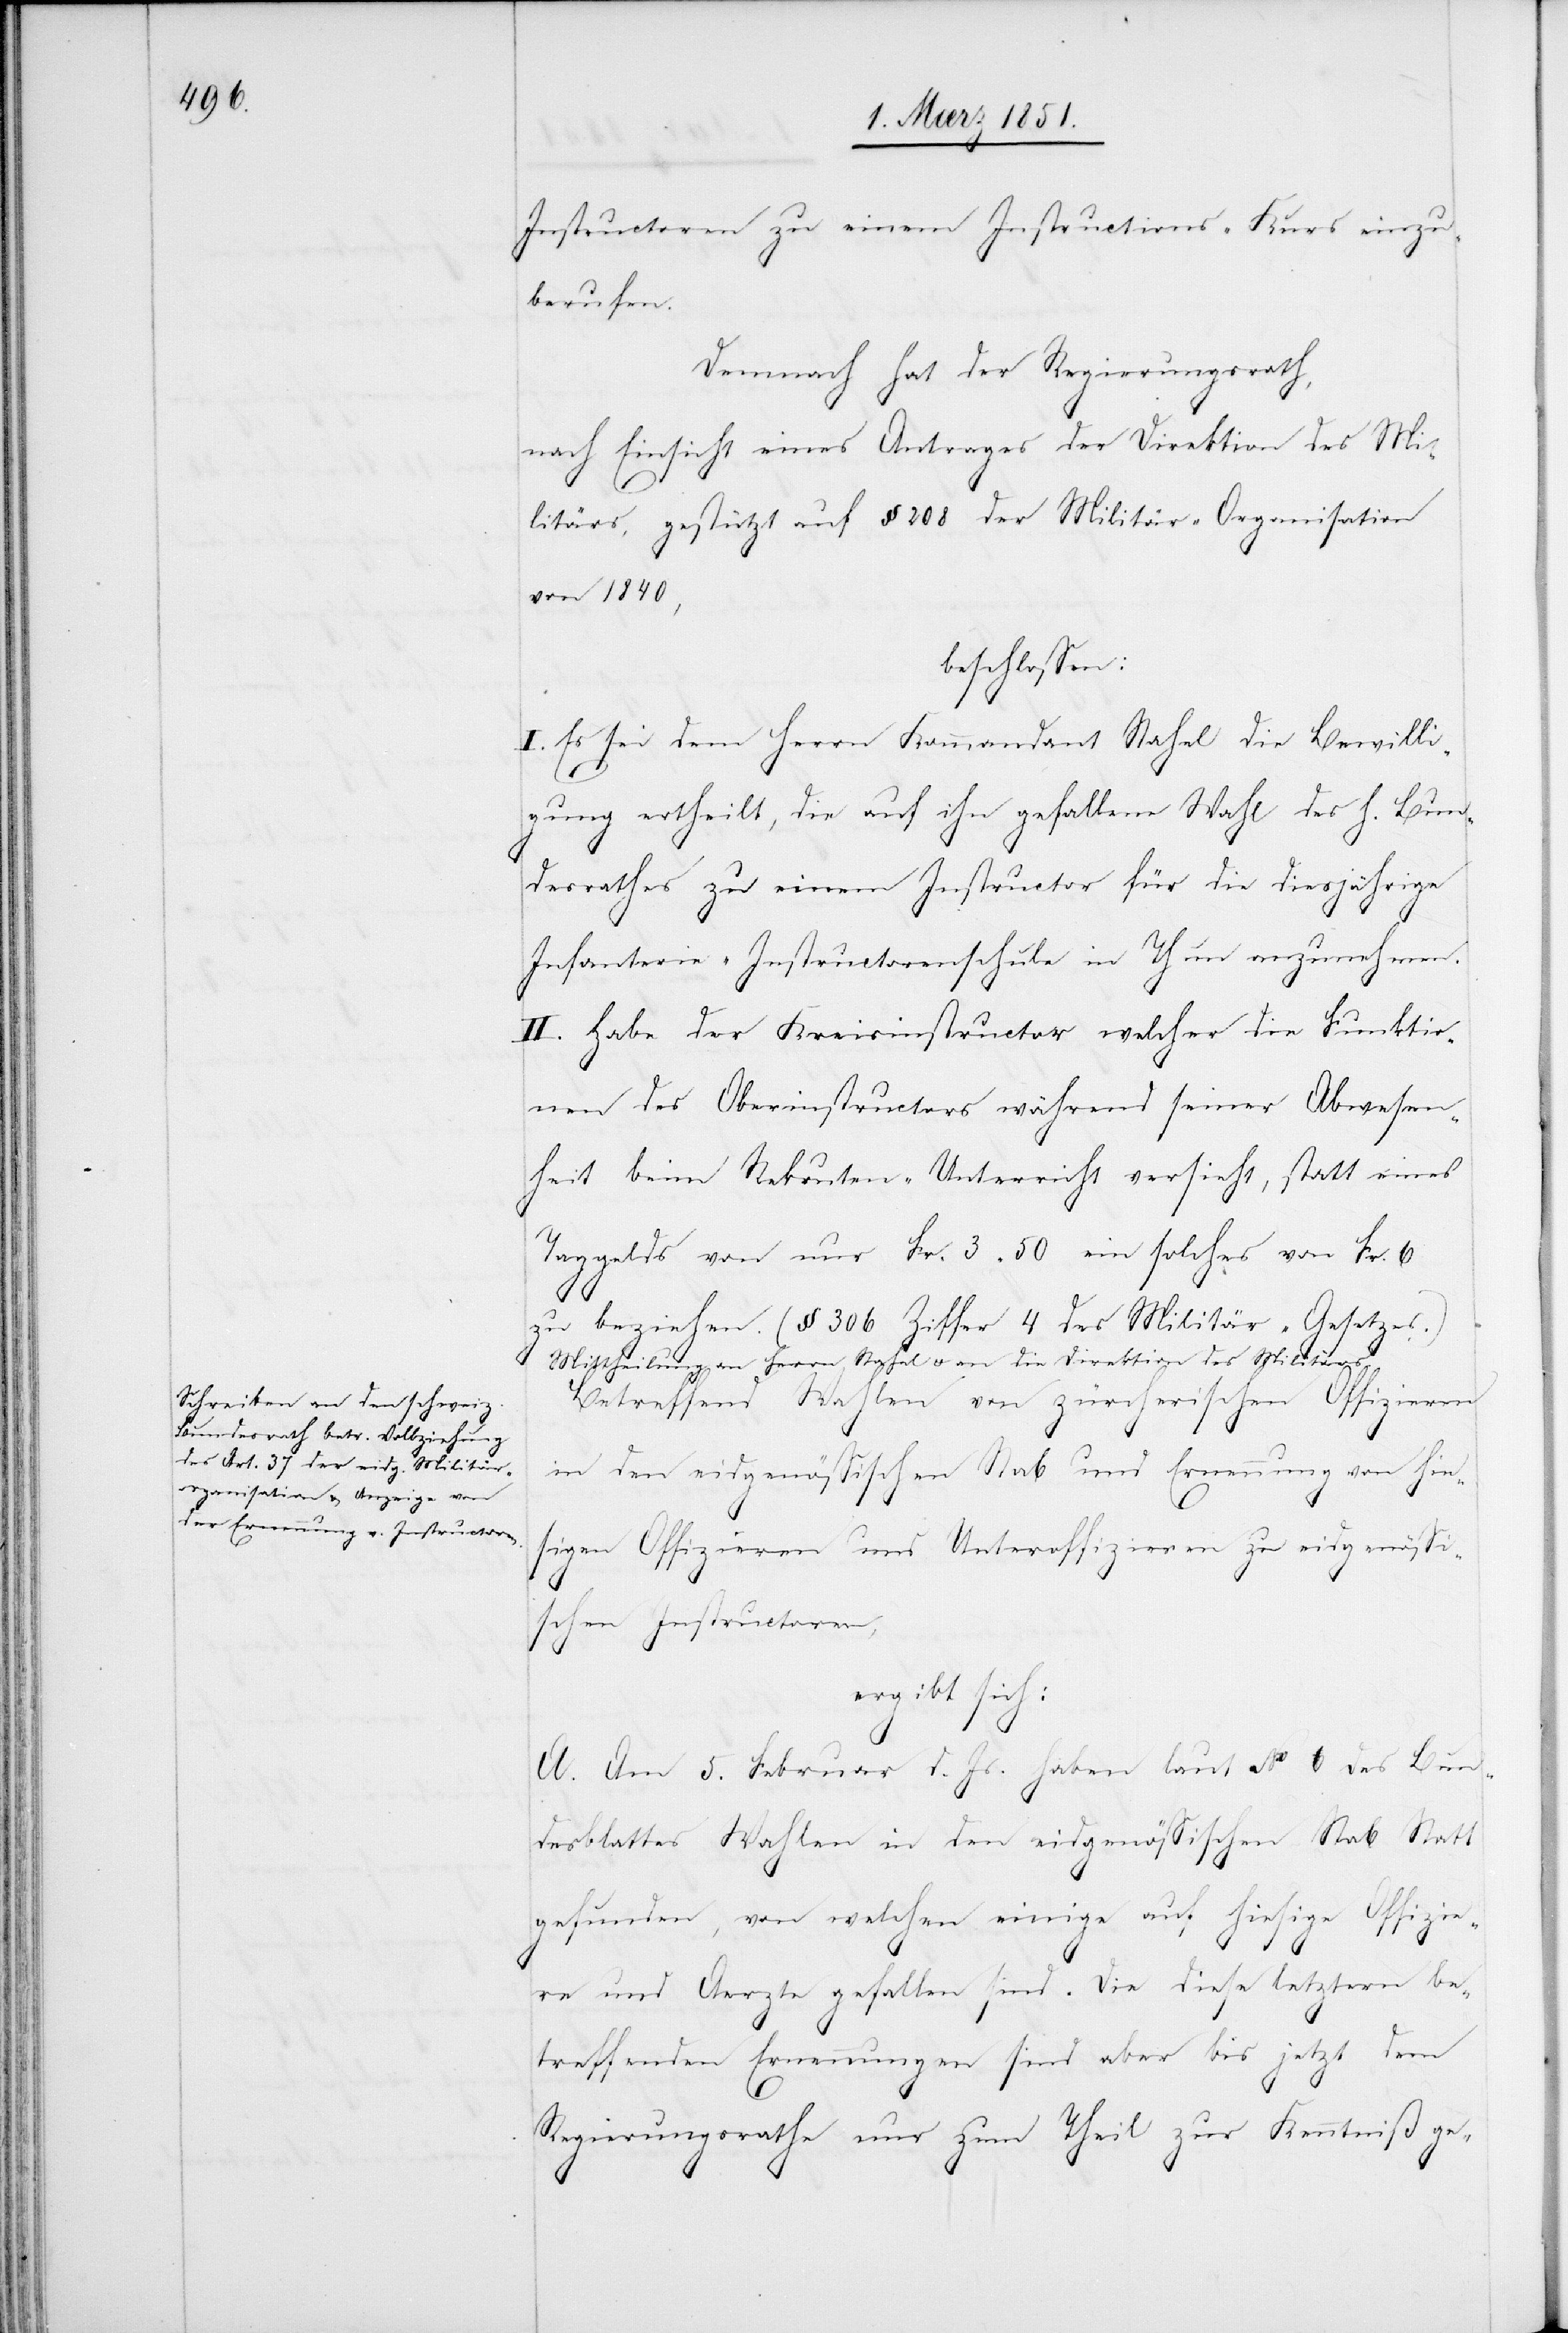
Instructoren zu einem Instructions-Kurs einzu¬
berufen.
Demnach hat der Regierungsrath,
nach Einsicht eines Antrages der Direktion des Mi¬
litärs, gestützt auf § 208 der Militär-Organisation
von 1840,
beschlossen:
I. Es sei dem Herrn Kommandant Stahel die Bewilli¬
gung ertheilt, die auf ihn gefallene Wahl des h. Bun¬
desrathes zu einem Instructor für die diesjährige
Infanterie-Instructorenschule in Thun anzunehmen.
II. Habe der Kreisinstructor welcher die Funktio¬
nen des Oberinstructors während seiner Abwesen¬
heit beim Rekruten-Unterricht versieht, statt eines
Taggelds von nur Fr. 3.50 ein solches von Fr. 6
zu beziehen. (§ 306 Ziffer 4 des Militär-Gesetzes.)
Mittheilung an Herrn Stahel u. an die Direktion des Militärs.
Betreffend Wahlen von zürcherischen Offizieren
in den eidgenössischen Stab und Ernennung von hies¬
igen Offizieren und Unteroffizieren zu eidgenössi¬
schen Instructoren,
ergibt sich:
A. Am 5. Februar d. Js. haben laut No. 6 des Bun¬
desblattes Wahlen in den eidgenössischen Stab Statt
gefunden, von welchen einige auf hiesige Offizie¬
re und Aerzte gefallen sind. Die diese letztern be¬
treffenden Ernennungen sind aber bis jetzt dem
Regierungsrathe nur zum Theil zur Kenntniß ge-